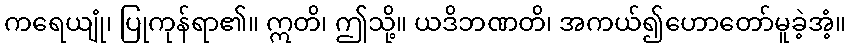
ကရေယျုံ၊ ပြုကုန်ရာ၏။ ဣတိ၊ ဤသို့။ ယဒိဘဏတိ၊ အကယ်၍ဟောတော်မူခဲ့အံ့။